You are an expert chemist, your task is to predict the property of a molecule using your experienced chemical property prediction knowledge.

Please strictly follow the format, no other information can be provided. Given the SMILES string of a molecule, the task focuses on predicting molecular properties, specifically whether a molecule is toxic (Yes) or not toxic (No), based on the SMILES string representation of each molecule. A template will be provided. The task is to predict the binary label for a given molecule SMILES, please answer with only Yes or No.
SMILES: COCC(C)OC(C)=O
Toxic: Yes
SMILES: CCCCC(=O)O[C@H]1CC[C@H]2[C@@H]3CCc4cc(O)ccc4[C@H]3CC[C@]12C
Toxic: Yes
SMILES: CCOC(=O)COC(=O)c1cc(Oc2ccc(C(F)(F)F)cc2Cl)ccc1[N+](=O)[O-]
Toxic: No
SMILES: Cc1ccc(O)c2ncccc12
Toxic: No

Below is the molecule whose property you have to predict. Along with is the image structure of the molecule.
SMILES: CN1CCC(=C2c3ccccc3Sc3ccccc32)CC1
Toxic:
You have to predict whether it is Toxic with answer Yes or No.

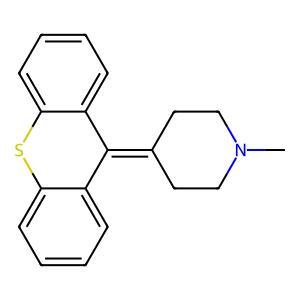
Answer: No